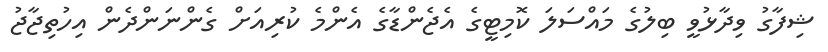
ޝިފާގު ވިދާޅުވީ ބިލުގެ މައްސަލަ ކޮމިޓީގެ އެޖެންޑާގެ އެންމެ ކުރިއަށް ގެންނަންދެން އިހުތިޖާޖު